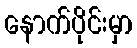
နောက်ပိုင်းမှာ